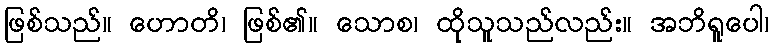
ဖြစ်သည်။ ဟောတိ၊ ဖြစ်၏။ သောစ၊ ထိုသူသည်လည်း။ အဘိရူပေါ၊